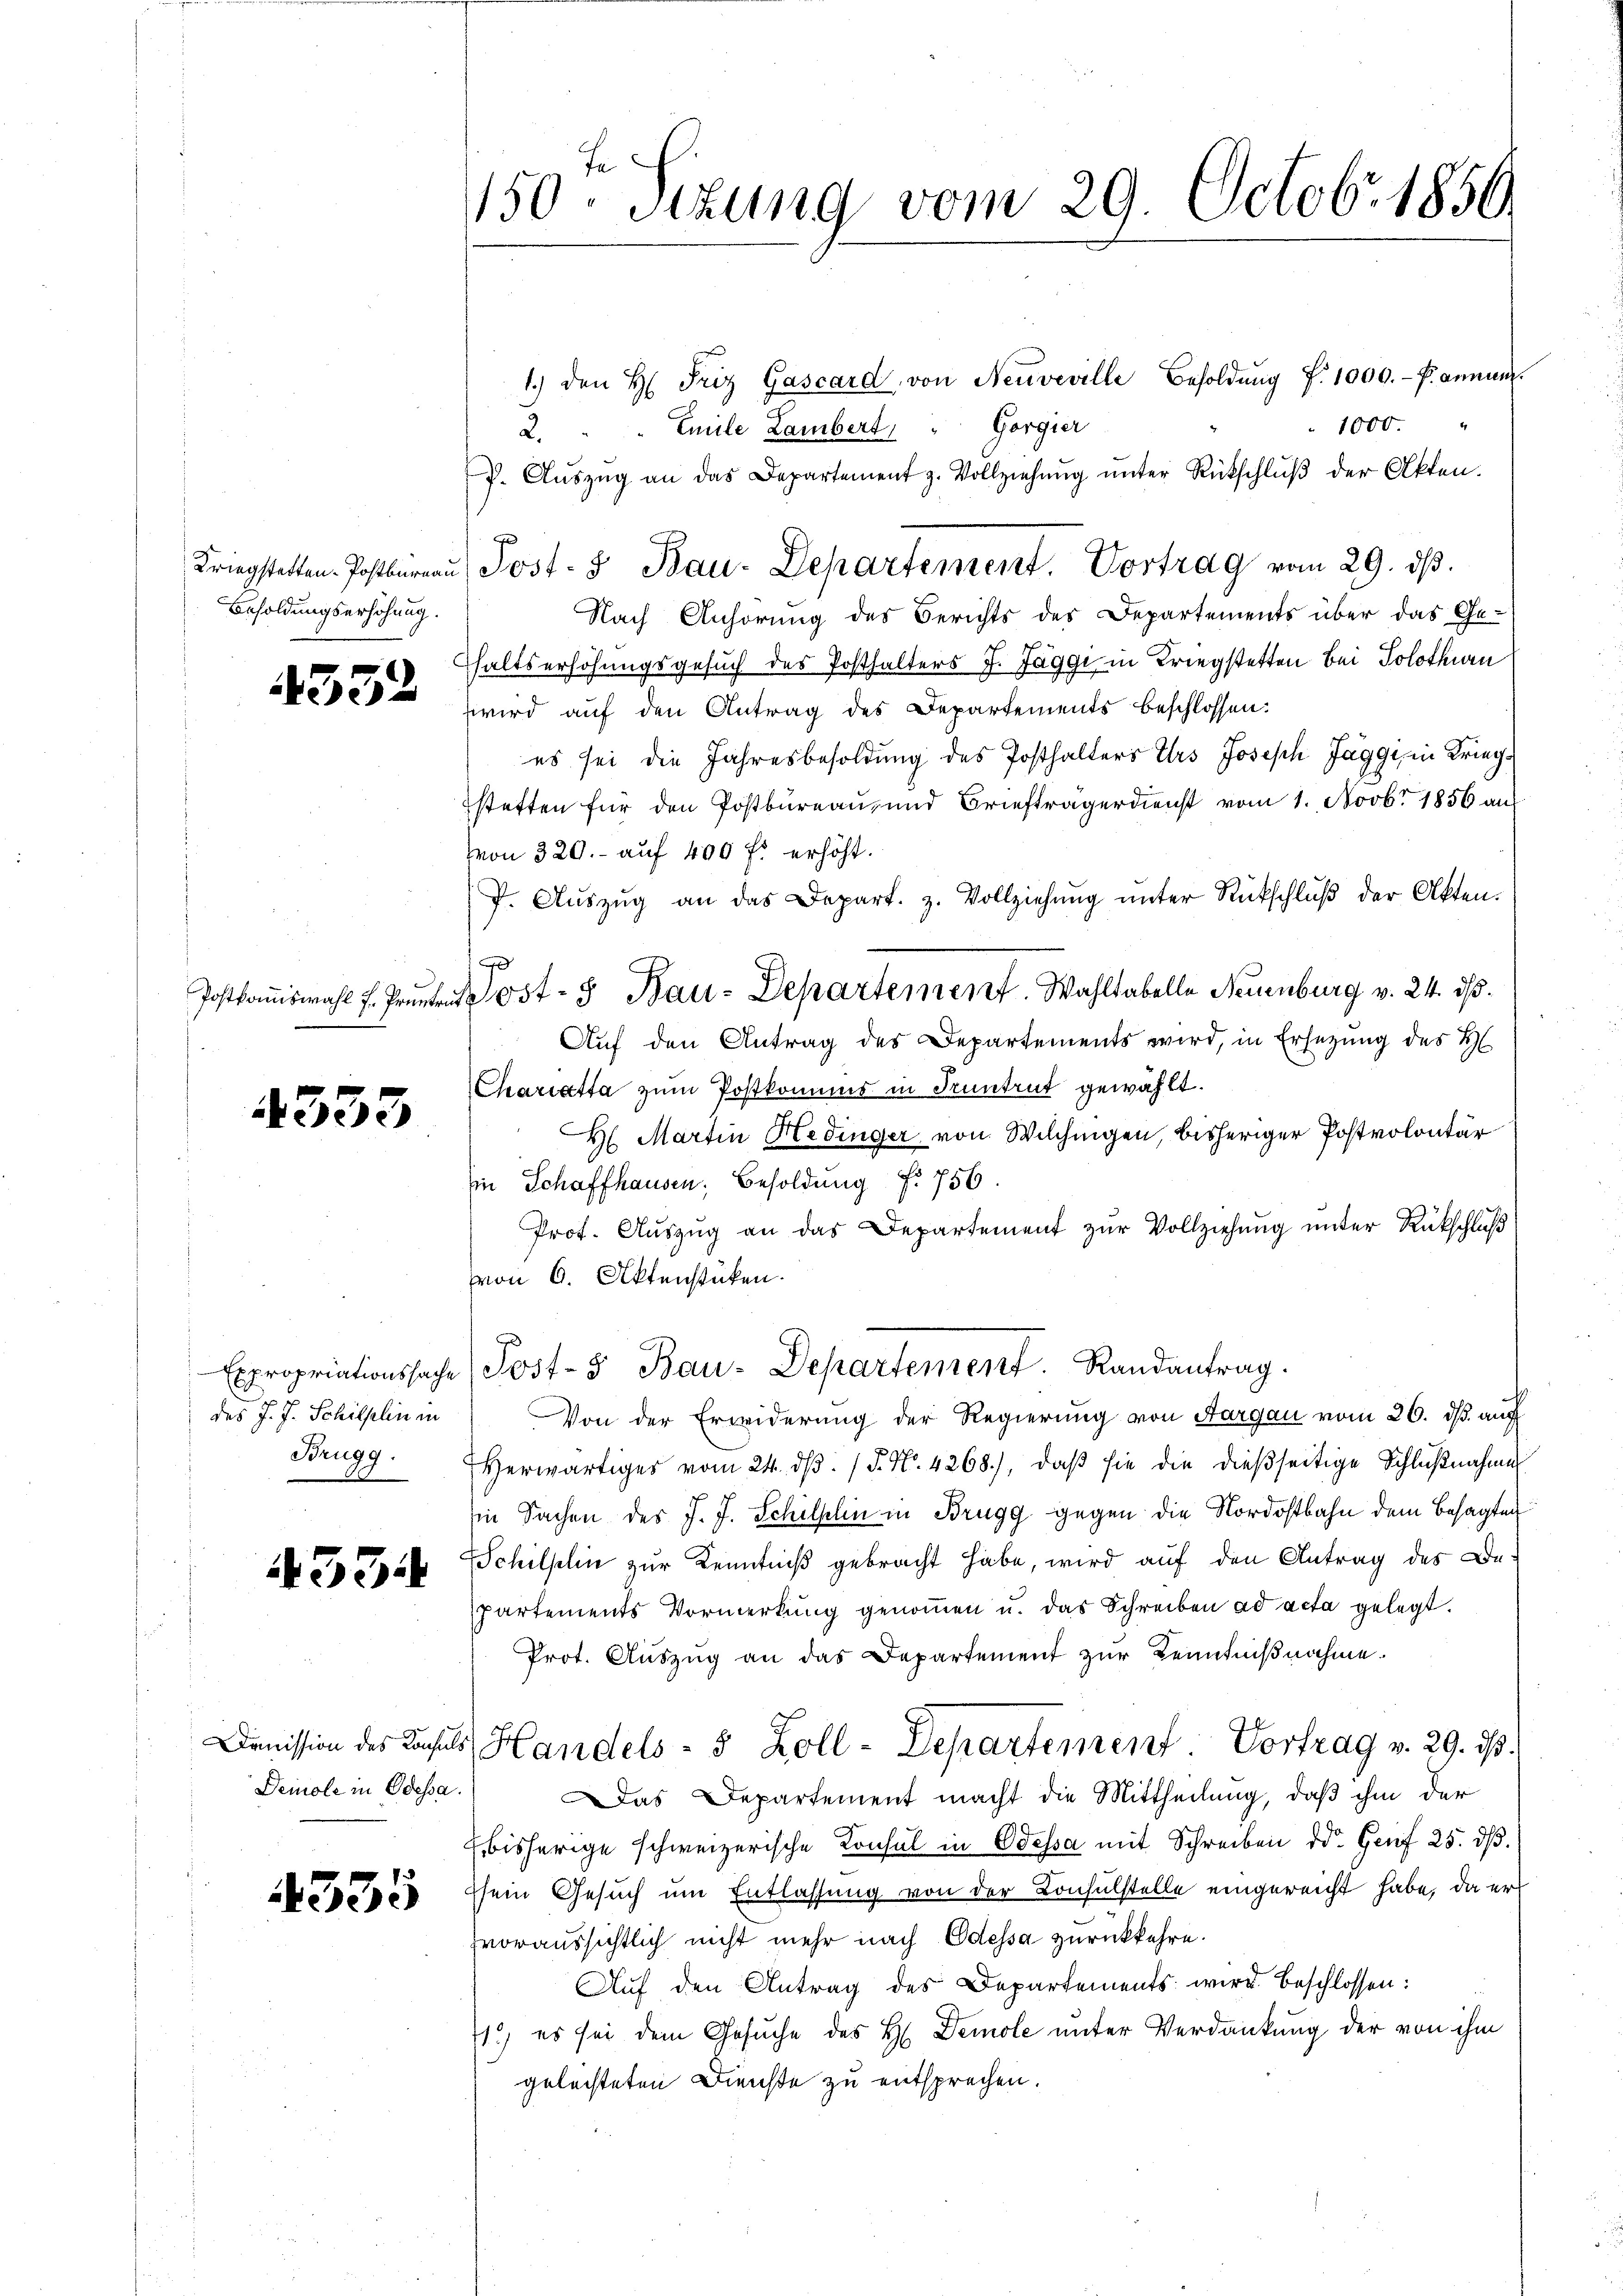
Besoldungserhöhung.

4332

4333

des J. J. Schilflin in
Brugg.

534

Deinole in Odessa.

1335

150. Sekung vom 29. Octobr 1856.

1.) den H. Friz Gascard, von Neuveville Besoldŭng f. 1000.- Pannen.
1000.
2. " " Emile Lambert, " Gorgier
P. Aŭszŭg an das Departement z. Vollziehŭng ŭnter Rückschlŭβ der Akten.
Nach Anhörung des Berichts des Departements über das Gehaltserhöhungsgesuch des Posthalters J. Jaggi in Kriegstetten bei Solothurn
wird auf den Antrag des Departements beschlossen:
es sei die Jahresbesoldung des Posthalters Urs Joseph Jaggi, in Kriegstatten für den Postbureau, und Briefträgerdienst vom 1. Novbr 1856 aus
Von 320.- auf 400 fl erhöht.
f. Aŭszŭg an das Depart. z. Vollziehŭng ŭnter Rückschlŭβ der Akten.
Aŭf den Antrag des Departements wird, in Ersetzung des H
Chariatta zum Postkommnis in Pruntrut gewählt.
H. Martin Hedinger von Wilchingen, bisheriger Postvolontär
in Schaffhausen, Besoldung f. 756.
Prof. Auszug an das Departement zur Vollziehung unter Rückschluß
von 6. Aktenstücken.
Expropriationssache (Post- & Bau-Departement. Randantrag.
Von der Erwiderŭng der Regierŭng von Aargau vom 26. dβ aŭf
Herwärtiges vom 24. dβ. / 5. No. 4268), daβ sie die dießseitige Schlußnahme
Ein Sachen des J. J. Schillin in Brugg gegen die Nordostbahn dem Besagten
Schilflin zur Kenntniß gebracht habe, wird auf den Antrag des Departements Vormerkŭng genoṁen u. das Schreiben ad acta gelegt.
Prot. Aŭszŭg an das Departement zur Kenntniβnahme.
Denission des Kauls Handels- 8 Zoll-Departement: Vortrag v. 29. ds.
Das Departement macht die Mittheilung, daß ihm der
bisherige schweizerische Konsul in Odessa mit Schreiben d. Genf 25. ds.
sein Gesuch um Entlassung von der Konsulstelle eingereicht habe, da er
voraussichtlich nicht mehr nach Odessa zurückkehre.
Aŭf den Antrag des Departements wird beschlossen:
1) es sei dem Gesuche des H. Demole unter Verdankung der von ihm
gelachteten Dienste zu entsprechen.

Kriegstatten Postbüreaŭ (Post- & Bau-Departement. Vortrag vom 29. dβ.

Postkamiswahl f. Prunken Post- & Bau-Departement. Wahltabelle Neuenburg v. 24. ds.